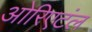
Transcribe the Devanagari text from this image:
ओरिएटंल